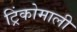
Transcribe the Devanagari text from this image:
ट्रिंकोमाली